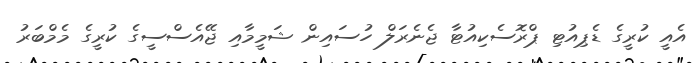
އެއީ ކުރީގެ ޑެޕިއުޓި ޕްރޮސެކިއުޓާ ޖެނެރަލް ހުސައިން ޝަމީމާއި ޖޭއެސްސީގެ ކުރީގެ މެމްބަރު